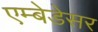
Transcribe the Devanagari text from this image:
एम्बेडेसर